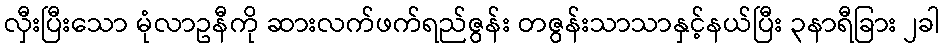
လှီးပြီးသော မုံလာဥနီကို ဆားလက်ဖက်ရည်ဇွန်း တဇွန်းသာသာနှင့်နယ်ပြီး ၃နာရီခြား ၂ခါ